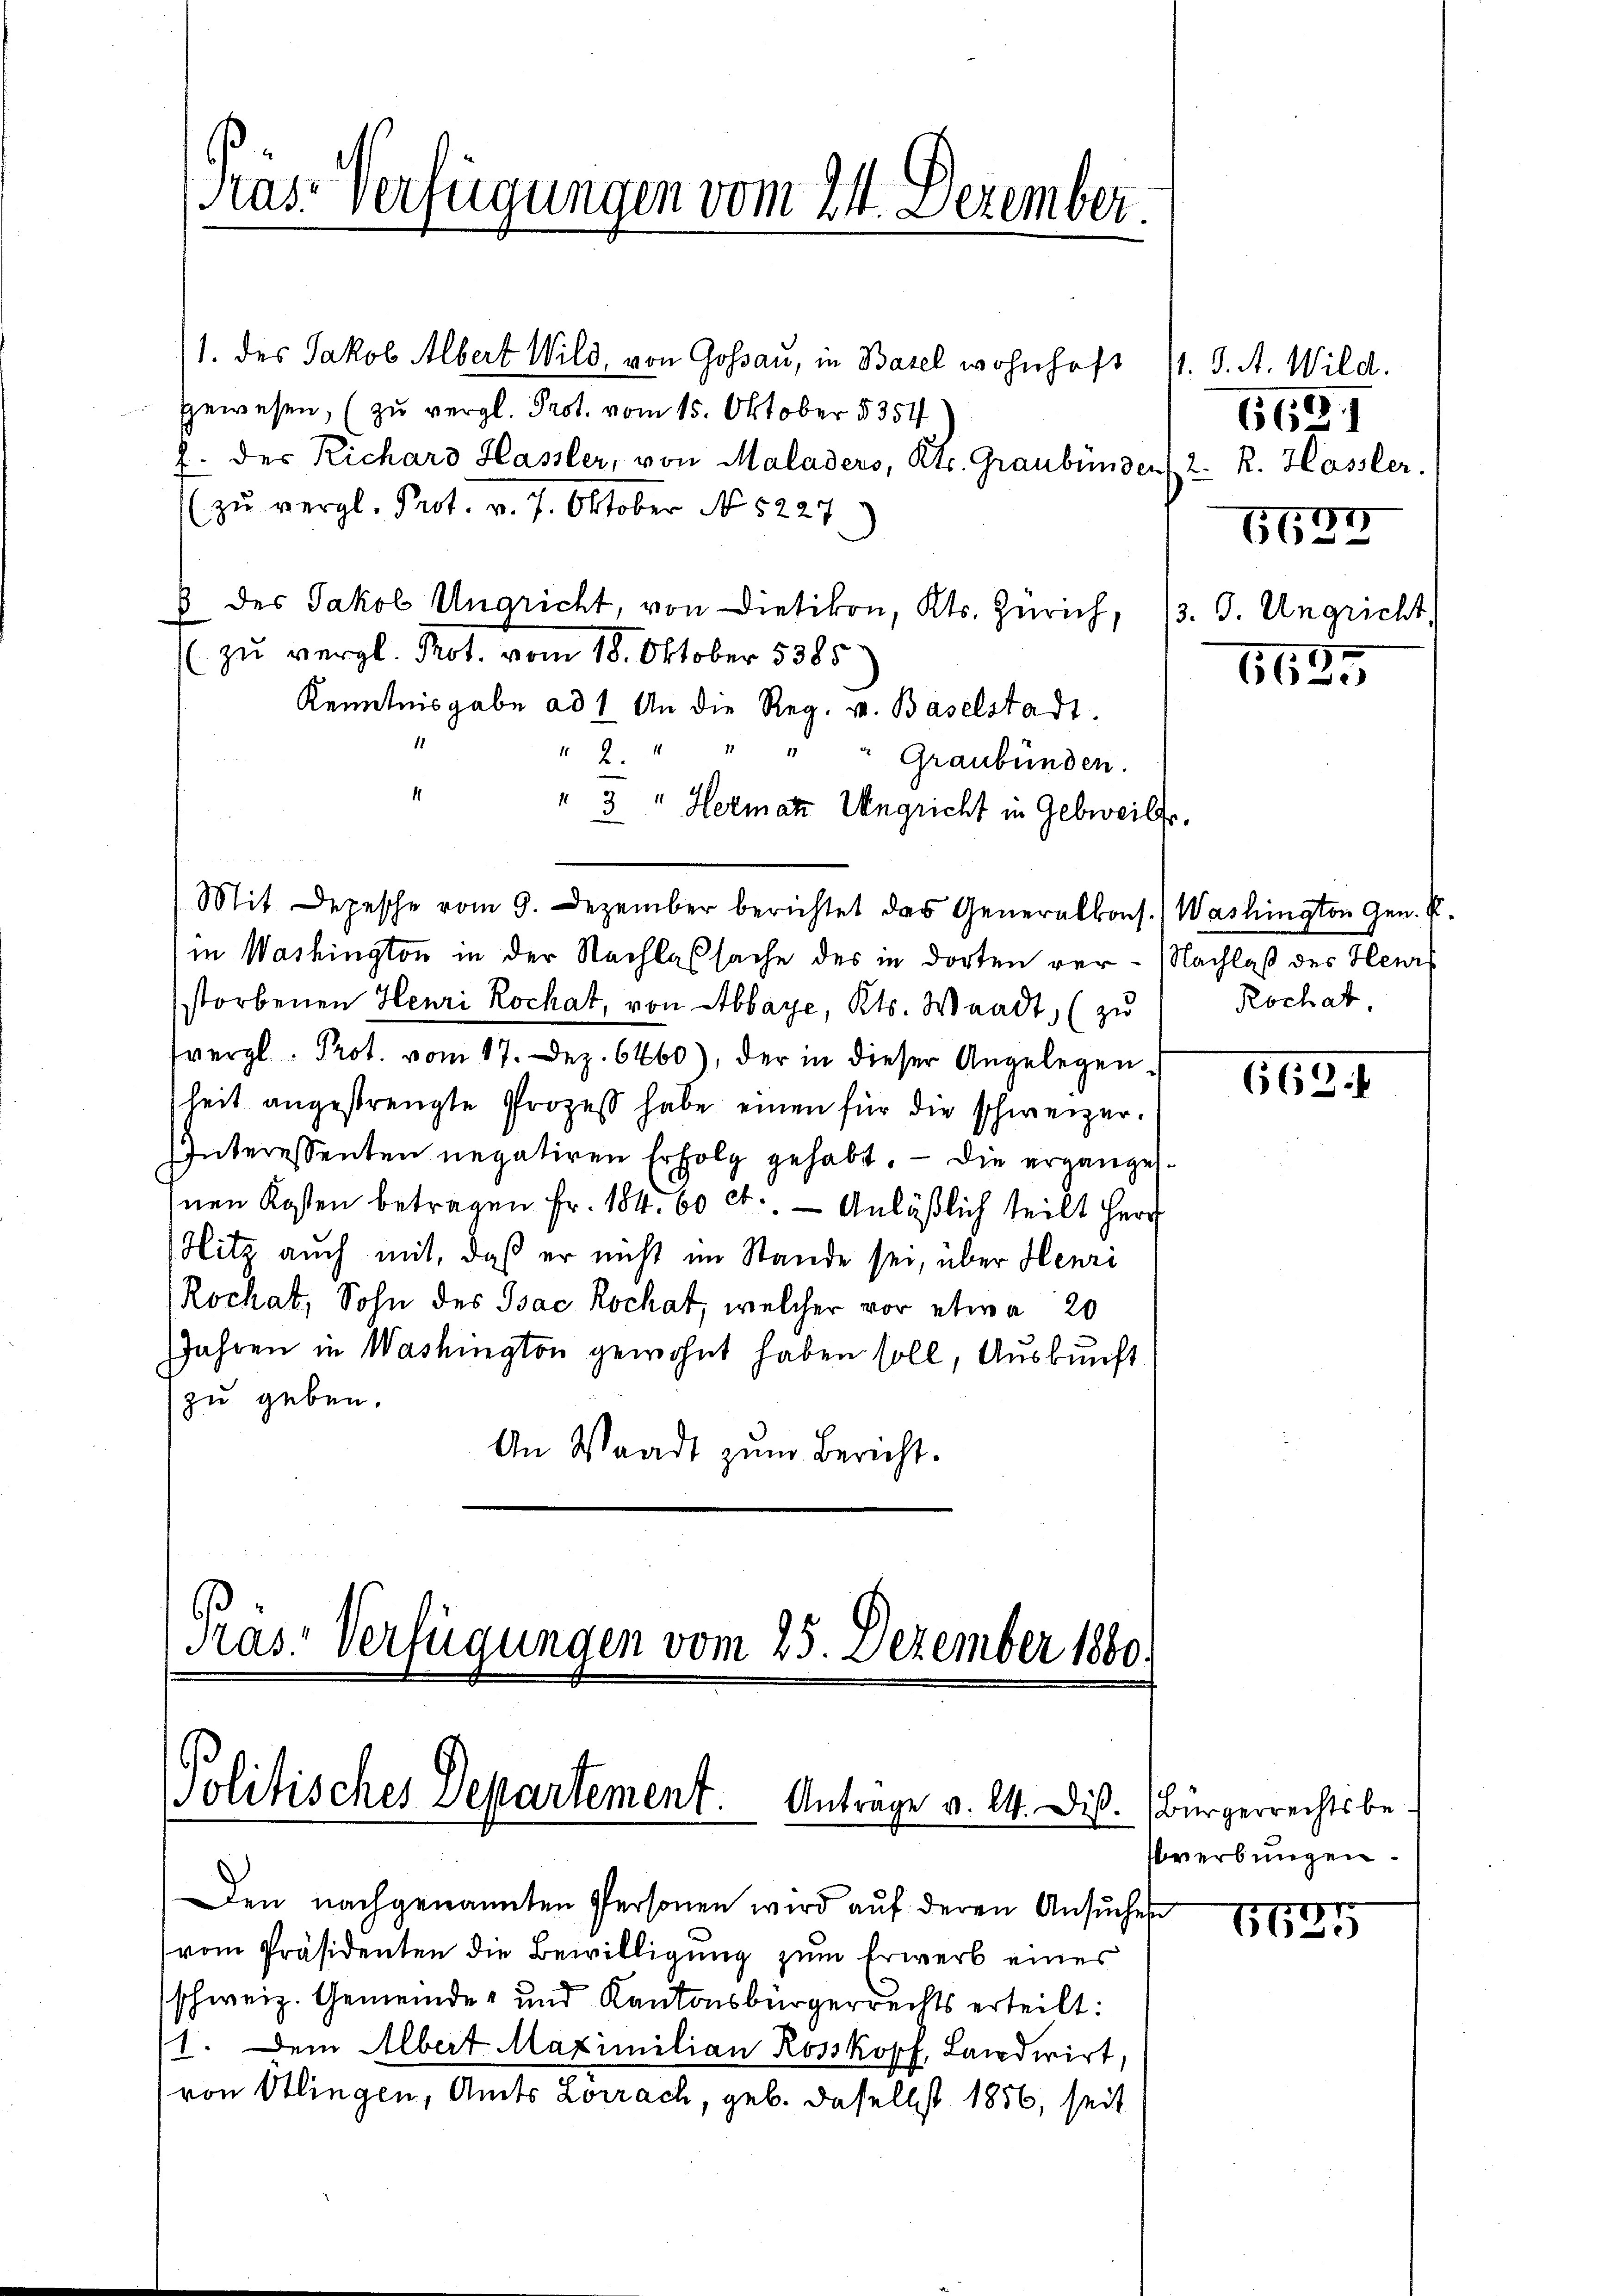
Präs. Verfügungen vom 24. Dezember.

11. des Jakob Albert Wild, von Gossau, in Basel wohnhaft 11. d. A. Wild.
gewesen, (zu vergl. Prot. vom 15. Oktober 5351
f. der Richard Hassler, von Maladers, Kts. Graubünden 2. R. Hassler.
(zu vergl. Prot. v. 7. Oktober No. 5227
8 des Jakob Ungricht, von Dietikon, Kts. Zürich, 13. 3. Ungricht,
(zu vergl. Prot. vom 18. Oktober 5385
Kenntnisgabe ad 1. An die Reg. v. Baselstadt.
17
42.
Graubünden.
" 3 " Hermate Ungricht in Gebreilfe.
Mit Depesche vom 9. Dezember berichtet das Generalkons.) Washington Gen. E.
in Washington in der Nachlaßsache des in dorten ver- Nachlaß des Heustorbenen Henri Rochat, von Abbaye, Kts. Waadt, (zu
vergl. Prot. vom 17. Dez. 6460), der in dieser Angelegen
heit angestrengte Prozess habe einen für die schweizer.
IInteressenten negatiren Erfolg gehabt. — Die ergangesnen Kosten betragen Fr. 184. 60 ct.. - Anläßlich teilt Herr
Hitz auch mit, daß er nicht im Stande sei, über Henri
Rochat, Sohn des Isac Rochat, welcher vor etwa 20
Jahren in Washington gewohnt haben soll, Auskunft
zu geben.
An Waadt zŭm Bericht.

Präs. Verfügungen vom 25. Dezember 1880.

Politisches Departement. Antrage v. 24. Diß.

Den nachgenannten Personen wird aŭf deren Ansuches
(vom Präsidenten die Bewilligung zum Erwerb eines
schweiz. Gemeinde- und Kantonsbürgerrechts erteilt:
1. Dem Albert Maximilian Rosskopf, Landwirt,
von Otlingen, Amts Lörrach, geb. daselbst 1856, seit

6621
11)

66

6685

Rochat.

669.

Bürgerrechtsbesverbungen.

1625